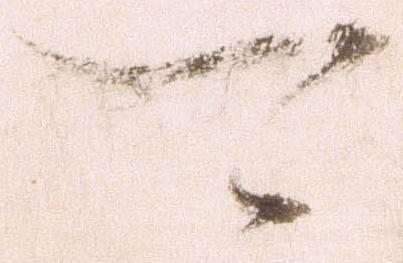
可